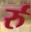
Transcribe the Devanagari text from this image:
र्रु